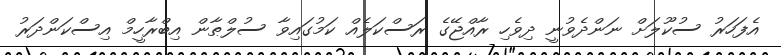
އެފަހަރު ސުކޫލަށް ނަންދެވުނީ ދިވެހި ރާއްޖޭގެ ރަސްކަލެއް ކަމުގައިވާ ސުލްޠާން އިބްރާހީމް އިސްކަންދަރު